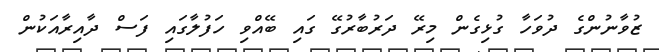
ޒުވާނުންގެ ދުވަހާ ގުޅިގެން މިރޭ ދަރުބާރުގޭ ގައި ބޭއްވި ހަފުލާގައި ފަސް ދާއިރާއަކުން